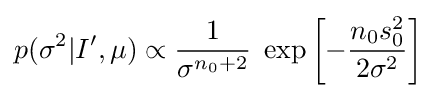
p(\sigma ^{2}|I^{\prime },\mu )\propto {\frac {1}{\sigma ^{n_{0}+2}}}\;\exp \left[-{\frac {n_{0}s_{0}^{2}}{2\sigma ^{2}}}\right]